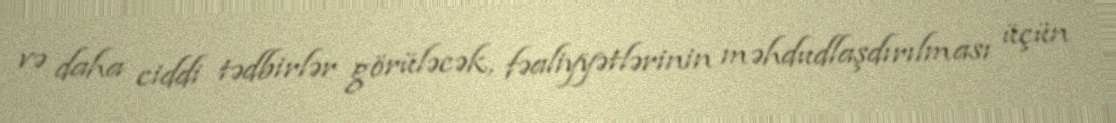
və daha ciddi tədbirlər görüləcək, fəaliyyətlərinin məhdudlaşdırılması üçün